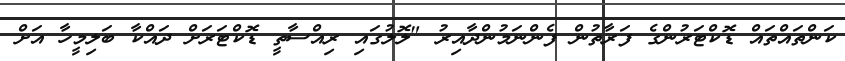
ކަންތައްތައް ޑޮކްޓަރުންގެ ފަރާތުން ފެންނަމުންދާއިރު "ލޮލުގައި ރިއްސާތީ ޑޮކްޓަރަށް ދައްކާ ބަލިމީހާ އަށް